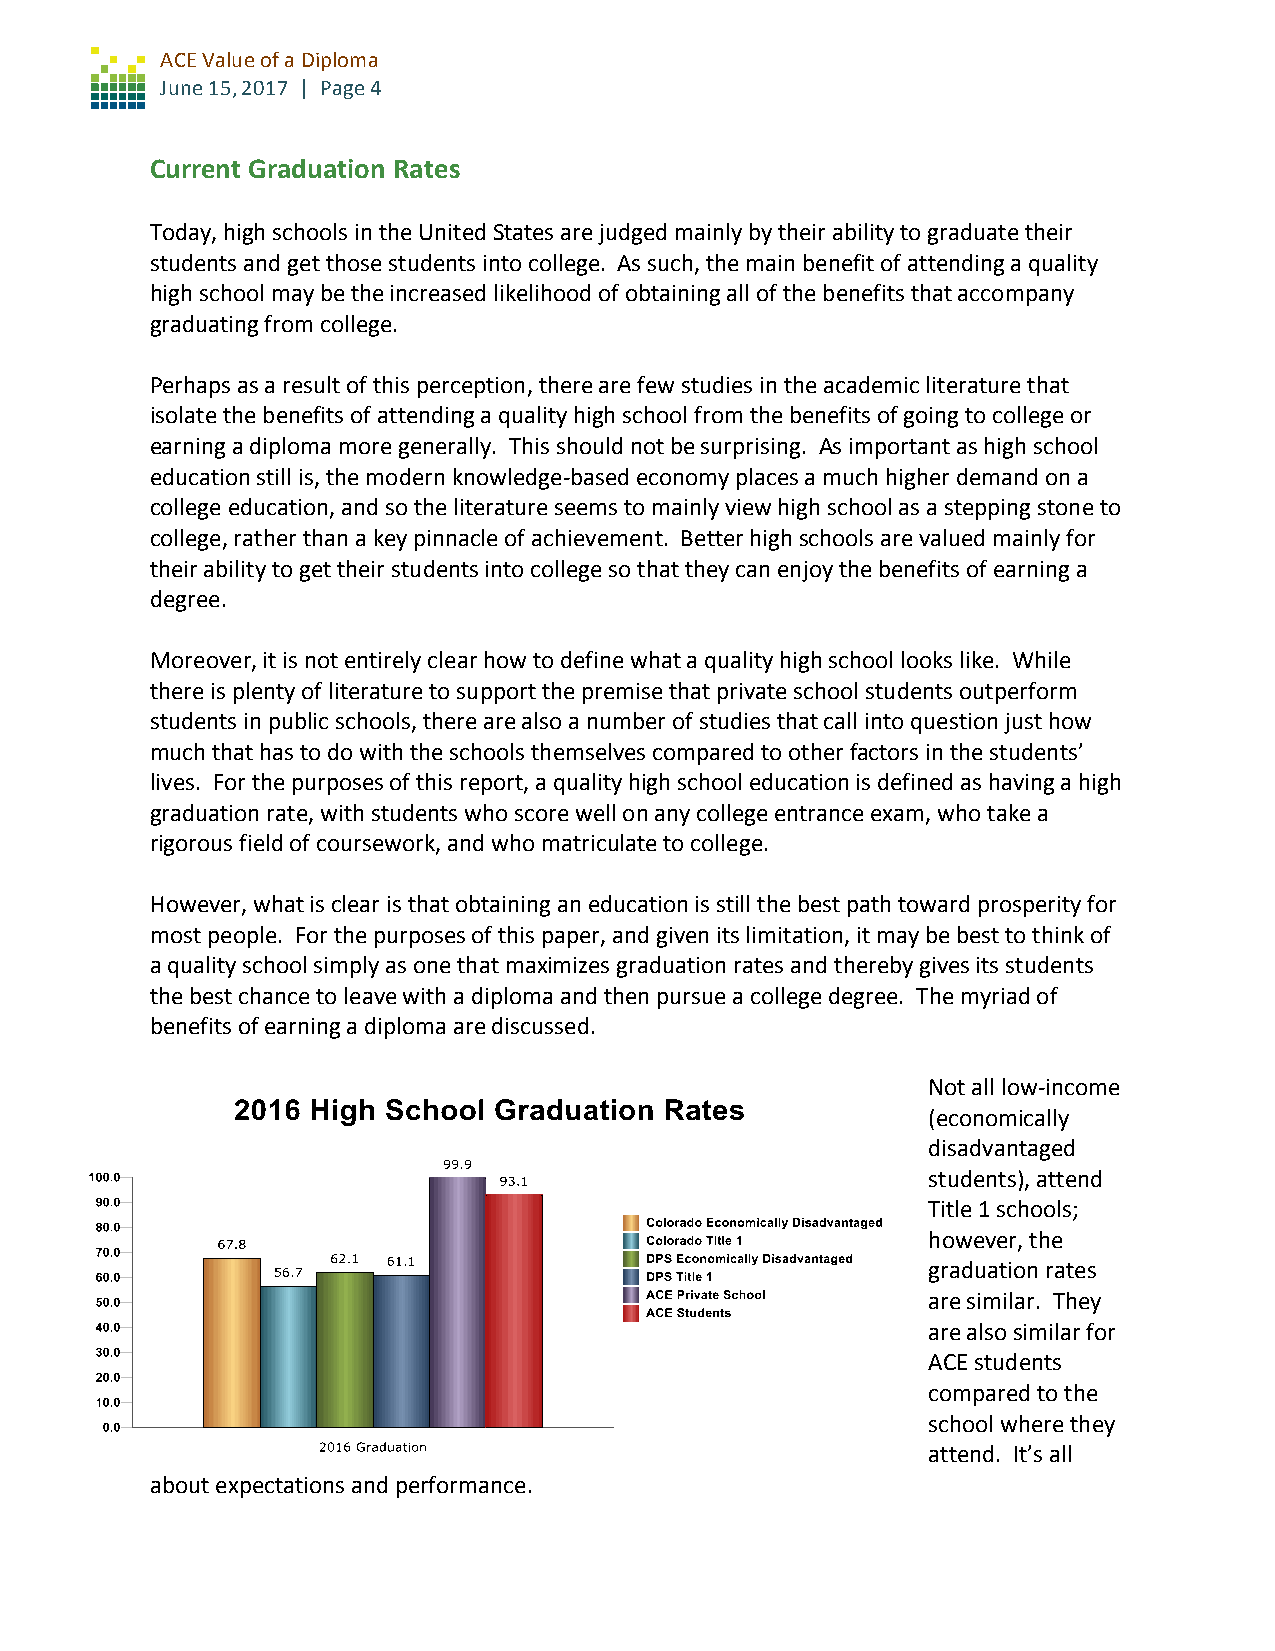
ACE Value of a Diploma
 June 15, 2017 | Page 4
 Current Graduation Rates
 Today, high schools in the United States are judged mainly by their ability to graduate their
 students and get those students into college. As such, the main benefit of attending a quality
 high school may be the increased likelihood of obtaining all of the benefits that accompany
 graduating from college.
 Perhaps as a result of this perception, there are few studies in the academic literature that
 isolate the benefits of attending a quality high school from the benefits of going to college or
 earning a diploma more generally. This should not be surprising. As important as high school
 education still is, the modern knowledge-based economy places a much higher demand on a
 college education, and so the literature seems to mainly view high school as a stepping stone to
 college, rather than a key pinnacle of achievement. Better high schools are valued mainly for
 their ability to get their students into college so that they can enjoy the benefits of earning a
 degree.
 Moreover, it is not entirely clear how to define what a quality high school looks like. While
 there is plenty of literature to support the premise that private school students outperform
 students in public schools, there are also a number of studies that call into question just how
 much that has to do with the schools themselves compared to other factors in the students’
 lives. For the purposes of this report, a quality high school education is defined as having a high
 graduation rate, with students who score well on any college entrance exam, who take a
 rigorous field of coursework, and who matriculate to college.
 However, what is clear is that obtaining an education is still the best path toward prosperity for
 most people. For the purposes of this paper, and given its limitation, it may be best to think of
 a quality school simply as one that maximizes graduation rates and thereby gives its students
 the best chance to leave with a diploma and then pursue a college degree. The myriad of
 benefits of earning a diploma are discussed.
 Not all low-income
 (economically
 disadvantaged
 students), attend
 Title 1 schools;
 however, the
 graduation rates
 are similar. They
 are also similar for
 ACE students
 compared to the
 school where they
 attend. It’s all
 about expectations and performance.